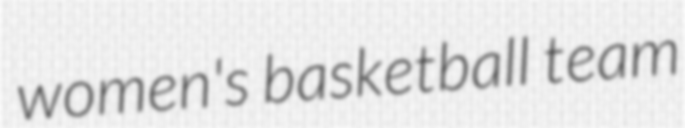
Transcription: women's basketball team